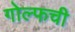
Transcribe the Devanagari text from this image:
गोल्फची